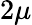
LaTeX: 2\mu